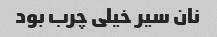
نان سیر خیلی چرب بود